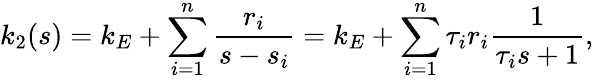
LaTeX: k_{2}(s)=k_{E}+\sum_{i=1}^{n}\frac{r_{i}}{s-s_{i}}=k_{E}+\sum_{i=1}^{n}\tau_{i}r_{i}\frac{1}{\tau_{i}s+1},